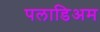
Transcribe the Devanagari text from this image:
पलाडिअम